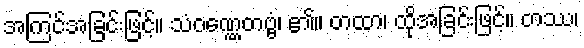
အကြင်အခြင်းဖြင့်။ သံဝဏ္ဏေတဗ္ဗံ၊ ၏။ တထာ၊ ထိုအခြင်းဖြင့်။ တဿ၊